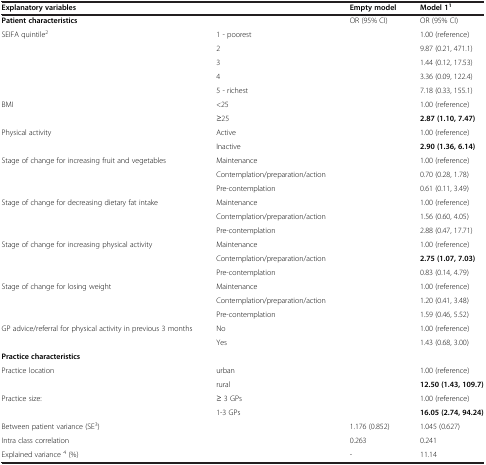
<table><thead><tr><td><b>Explanatory variables</b></td><td><b> </b></td><td><b>Empty model</b></td><td><b>Model 1<sup>1</sup></b></td></tr></thead><tbody><tr><td><b>Patient characteristics</b></td><td> </td><td>OR (95% CI)</td><td>OR (95% CI)</td></tr><tr><td>SEIFA quintile<sup>2</sup></td><td>1 - poorest</td><td> </td><td>1.00 (reference)</td></tr><tr><td> </td><td>2</td><td> </td><td>9.87 (0.21, 471.1)</td></tr><tr><td> </td><td>3</td><td> </td><td>1.44 (0.12, 17.53)</td></tr><tr><td> </td><td>4</td><td> </td><td>3.36 (0.09, 122.4)</td></tr><tr><td> </td><td>5 - richest</td><td> </td><td>7.18 (0.33, 155.1)</td></tr><tr><td>BMI</td><td>&lt;25</td><td> </td><td>1.00 (reference)</td></tr><tr><td> </td><td>≥25</td><td> </td><td><b>2.87 (1.10, 7.47)</b></td></tr><tr><td>Physical activity</td><td>Active</td><td> </td><td>1.00 (reference)</td></tr><tr><td> </td><td>Inactive</td><td> </td><td><b>2.90 (1.36, 6.14)</b></td></tr><tr><td>Stage of change for increasing fruit and vegetables</td><td>Maintenance</td><td> </td><td>1.00 (reference)</td></tr><tr><td> </td><td>Contemplation/preparation/action</td><td> </td><td>0.70 (0.28, 1.78)</td></tr><tr><td> </td><td>Pre-contemplation</td><td> </td><td>0.61 (0.11, 3.49)</td></tr><tr><td>Stage of change for decreasing dietary fat intake</td><td>Maintenance</td><td> </td><td>1.00 (reference)</td></tr><tr><td> </td><td>Contemplation/preparation/action</td><td> </td><td>1.56 (0.60, 4.05)</td></tr><tr><td> </td><td>Pre-contemplation</td><td> </td><td>2.88 (0.47, 17.71)</td></tr><tr><td>Stage of change for increasing physical activity</td><td>Maintenance</td><td> </td><td>1.00 (reference)</td></tr><tr><td> </td><td>Contemplation/preparation/action</td><td> </td><td><b>2.75 (1.07, 7.03)</b></td></tr><tr><td> </td><td>Pre-contemplation</td><td> </td><td>0.83 (0.14, 4.79)</td></tr><tr><td>Stage of change for losing weight</td><td>Maintenance</td><td> </td><td>1.00 (reference)</td></tr><tr><td> </td><td>Contemplation/preparation/action</td><td> </td><td>1.20 (0.41, 3.48)</td></tr><tr><td> </td><td>Pre-contemplation</td><td> </td><td>1.59 (0.46, 5.52)</td></tr><tr><td>GP advice/referral for physical activity in previous 3 months</td><td>No</td><td> </td><td>1.00 (reference)</td></tr><tr><td> </td><td>Yes</td><td> </td><td>1.43 (0.68, 3.00)</td></tr><tr><td><b>Practice characteristics</b></td><td> </td><td> </td><td> </td></tr><tr><td>Practice location</td><td>urban</td><td> </td><td>1.00 (reference)</td></tr><tr><td> </td><td>rural</td><td> </td><td><b>12.50 (1.43, 109.7)</b></td></tr><tr><td>Practice size:</td><td>≥ 3 GPs</td><td> </td><td>1.00 (reference)</td></tr><tr><td> </td><td>1-3 GPs</td><td> </td><td><b>16.05 (2.74, 94.24)</b></td></tr><tr><td>Between patient variance (SE<sup>3</sup>)</td><td> </td><td>1.176 (0.852)</td><td>1.045 (0.627)</td></tr><tr><td>Intra class correlation</td><td> </td><td>0.263</td><td>0.241</td></tr><tr><td>Explained variance <sup>4</sup> (%)</td><td> </td><td>-</td><td>11.14</td></tr></tbody></table>